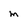
Character: m